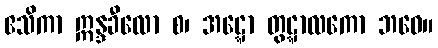
ဧသိကာ ဣန္ဒခီလော စ၊ အဋ္ဋော တွဋ္ဋာလကော ဘဝေ။